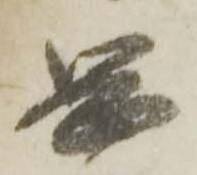
岡